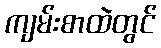
ကျမ်းစာထဲတွင်